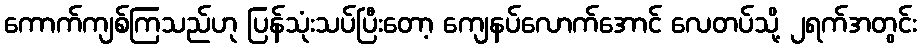
ကောက်ကျစ်ကြသည်ဟု ပြန်သုံးသပ်ပြီးတော့ ကျေနပ်လောက်အောင် လေတပ်သို့ ၂ရက်အတွင်း